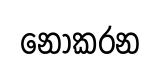
නොකරන